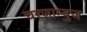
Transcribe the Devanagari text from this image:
चरणाम्बुज